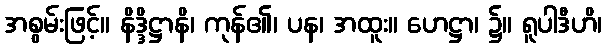
အစွမ်းဖြင့်။ နိဒ္ဒိဋ္ဌာနိ၊ ကုန်၏၊ ပန၊ အထူး။ ဟေဋ္ဌာ၊ ၌။ ရူပါဒီဟိ၊